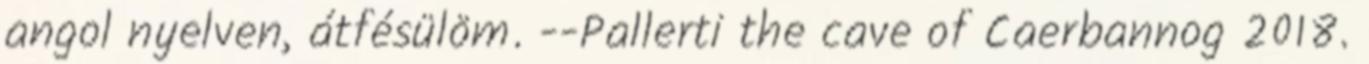
angol nyelven, átfésülöm. --Pallerti the cave of Caerbannog 2018.